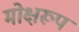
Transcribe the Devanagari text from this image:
मोक्षरूप